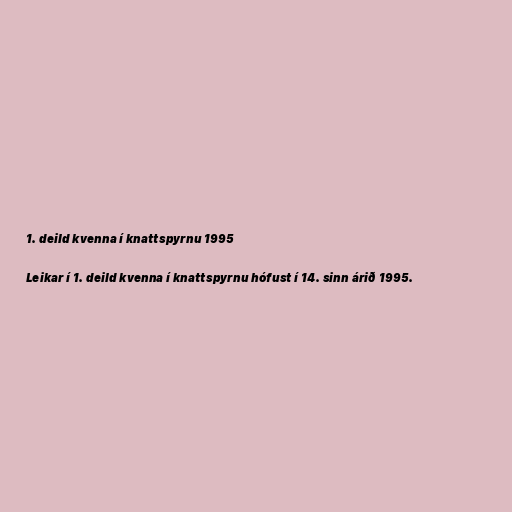
1. deild kvenna í knattspyrnu 1995

Leikar í 1. deild kvenna í knattspyrnu hófust í 14. sinn árið 1995.